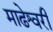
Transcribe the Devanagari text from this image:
माढेश्वरी